Note on the mental hospitals in Burma - 1925-1940
Year: 1925
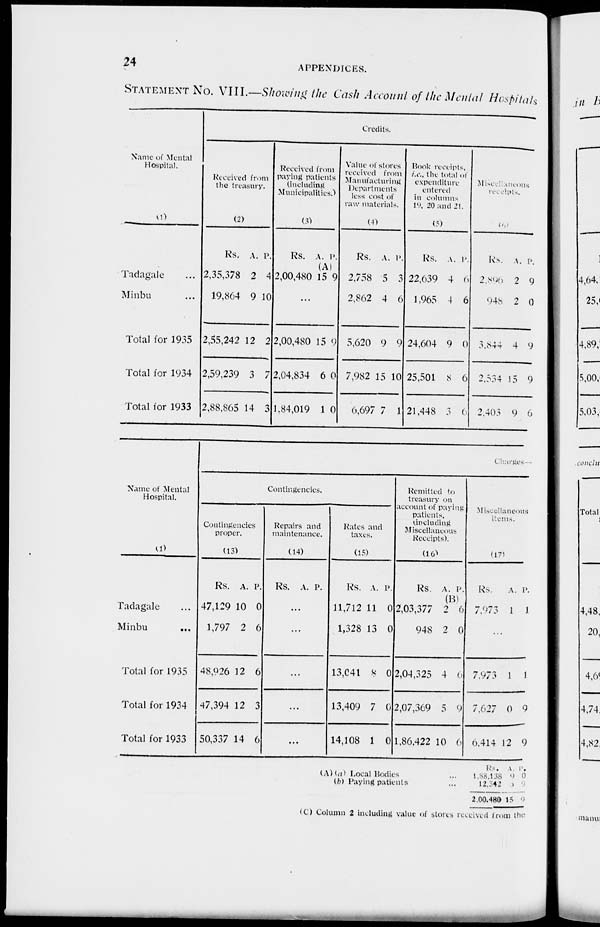
24
APPENDICES.
STATEMENT No. VIII.—Showing the Cash Account of the Mental Hospitals
Name of Mental
Hospital.
(1)
Tadagale ...
Minbu ...
Total for 1935
Total for 1934
Total for 1933
Credits.
Received from
the treasury.
(2)
Rs.
2,35,378
19,864
2,55,242
2,59,239
2,88,865
A.
2
9
12
3
14
P.
4
10
2
7
3
Received from
paying patients
(including
Municipalities.)
(3)
Rs.
2,00,480
A.
(A)
15
P.
9
...
2,00,480
2,04,834
1,84,019
15
6
1
9
0
0
Value of stores
received from
Manufacturing
Departments
less cost of
raw materials.
(4)
Rs.
2,758
2,862
5,620
7,982
6,697
A.
5
4
9
15
7
P.
3
6
9
10
1
Book receipts,
i.e., the total of
expenditure
entered
in columns
19, 20 and 21.
(5)
Rs.
22,639
1,965
24,604
25,501
21,448
A.
4
4
9
8
3
P.
6
6
0
6
6
Miscellaneous
receipts.
(6)
Rs.
2,896
948
3,844
2,534
2,403
A.
2
2
4
15
9
P.
9
0
9
9
6
Name of Mental
Hospital.
(1)
Tadagale ...
Minbu
...
Total for 1935
Total for 1934
Total for 1933
Charges—
Contingencies.
Contingencies
proper.
(13)
Rs.
47,129
1,797
48,926
47,394
50,337
A.
10
2
12
12
14
P.
0
6
6
3
6
Repairs and
maintenance.
(14)
Rs. A. P.
...
...
...
...
...
Rates and
taxes.
(13)
Rs.
11,712
1,328
13,04l
13,409
14,108
A.
11
13
8
7
1
P.
0
0
0
0
0
Remitted to
treasury on
account of paying
patients,
(including
Miscellaneous
Receipts).
(16)
Rs.
2,03,377
948
2,04,325
2,07,369
1,86,422
A.
(B)
2
2
4
5
10
P.
6
0
6
9
6
Miscellaneous
items.
(17)
Rs.
7,973
A.
1
P.
1
...
7,973
7,627
6,414
1
0
12
1
9
9
(A) (a) Local Bodies ...
(b) Paying patients ...
Rs.
1,88,138
12,342
2,00,480
A.
9
6
15
P.
0
9
9
(C) Column 2 including value of stores received from the